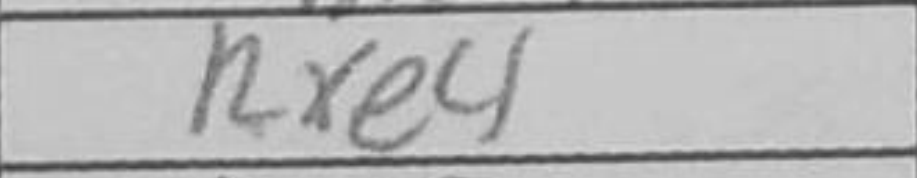
Transcription: Rxe4